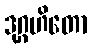
ဒုဂ္ဂဟိတော